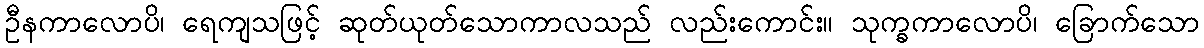
ဦနကာလောပိ၊ ရေကျသဖြင့် ဆုတ်ယုတ်သောကာလသည် လည်းကောင်း။ သုက္ခကာလောပိ၊ ခြောက်သော